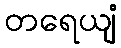
တရေယျံ